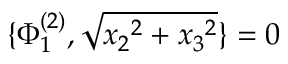
\{ \Phi _ { 1 } ^ { ( 2 ) } , \sqrt { { x _ { 2 } } ^ { 2 } + { x _ { 3 } } ^ { 2 } } \} = 0